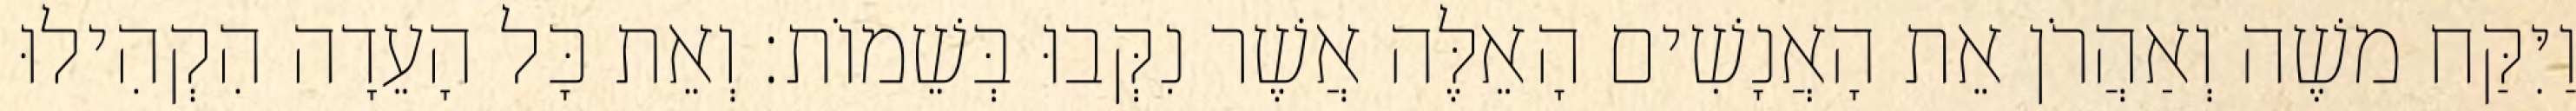
וַיִּקַּח משֶׁה וְאַהֲרֹן אֵת הָאֲנָשִׁים הָאֵלֶּה אֲשֶׁר נִקְּבוּ בְּשֵׁמוֹת׃ וְאֵת כָּל הָעֵדָה הִקְהִילוּ